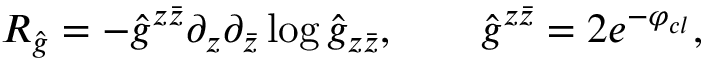
R _ { \hat { g } } = - { \hat { g } } ^ { z \bar { z } } \partial _ { z } \partial _ { \bar { z } } \log { \hat { g } } _ { z \bar { z } } , \qquad \hat { g } ^ { z \bar { z } } = 2 e ^ { - \varphi _ { c l } } ,